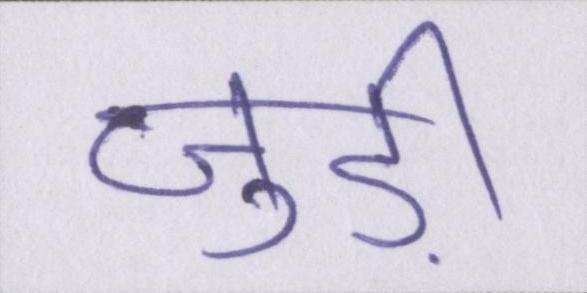
जुड़ी